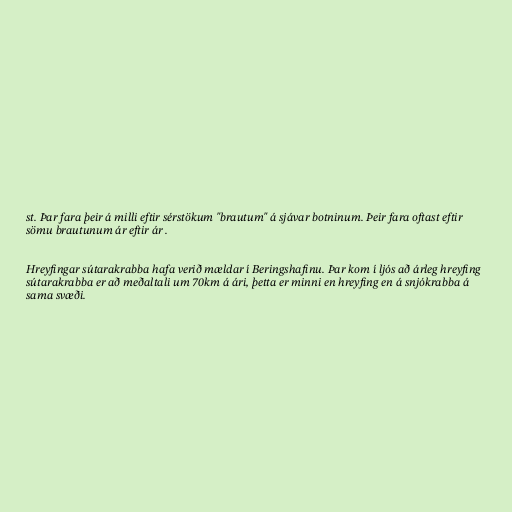
st. Þar fara þeir á milli eftir sérstökum "brautum" á sjávar botninum. Þeir fara oftast eftir
sömu brautunum ár eftir ár .

Hreyfingar sútarakrabba hafa verið mældar í Beringshafinu. Þar kom í ljós að árleg hreyfing
sútarakrabba er að meðaltali um 70km á ári, þetta er minni en hreyfing en á snjókrabba á
sama svæði.